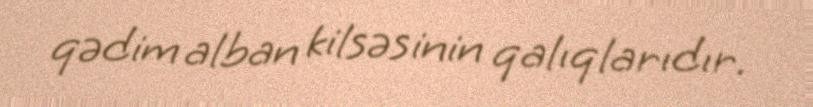
qədim alban kilsəsinin qalıqlarıdır.